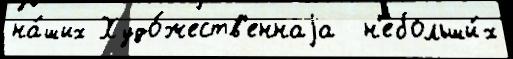
на́ших Худо́жеств'еннаjа  н'ебольши́х